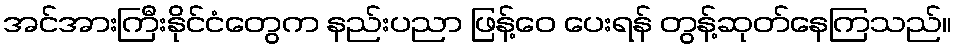
အင်အားကြီးနိုင်ငံတွေက နည်းပညာ ဖြန့်ဝေ ပေးရန် တွန့်ဆုတ်နေကြသည်။